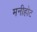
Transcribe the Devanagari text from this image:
मनीहोट